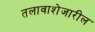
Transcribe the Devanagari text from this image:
तलावाशेजारील